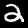
Digit: 2